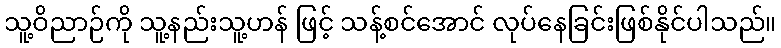
သူ့ဝိညာဉ်ကို သူ့နည်းသူ့ဟန် ဖြင့် သန့်စင်အောင် လုပ်နေခြင်းဖြစ်နိုင်ပါသည်။